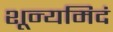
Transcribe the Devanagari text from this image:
शून्यमिदं